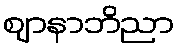
ဈာနာဘိညာ